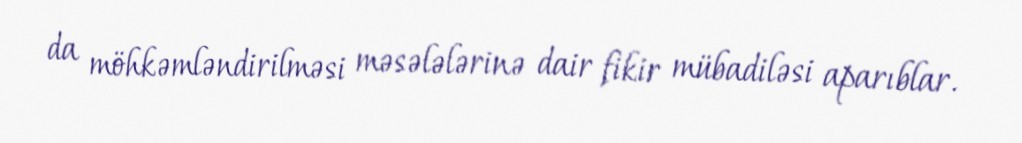
da möhkəmləndirilməsi məsələlərinə dair fikir mübadiləsi aparıblar.